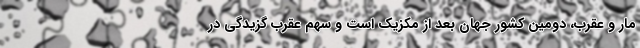
مار و عقرب، دومین کشور جهان بعد از مکزیک است و سهم عقرب گزیدگی در